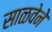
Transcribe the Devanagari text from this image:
साळवेने